Annual statistical returns and brief notes on vaccination in Bengal - 1887-1898
Year: 1887
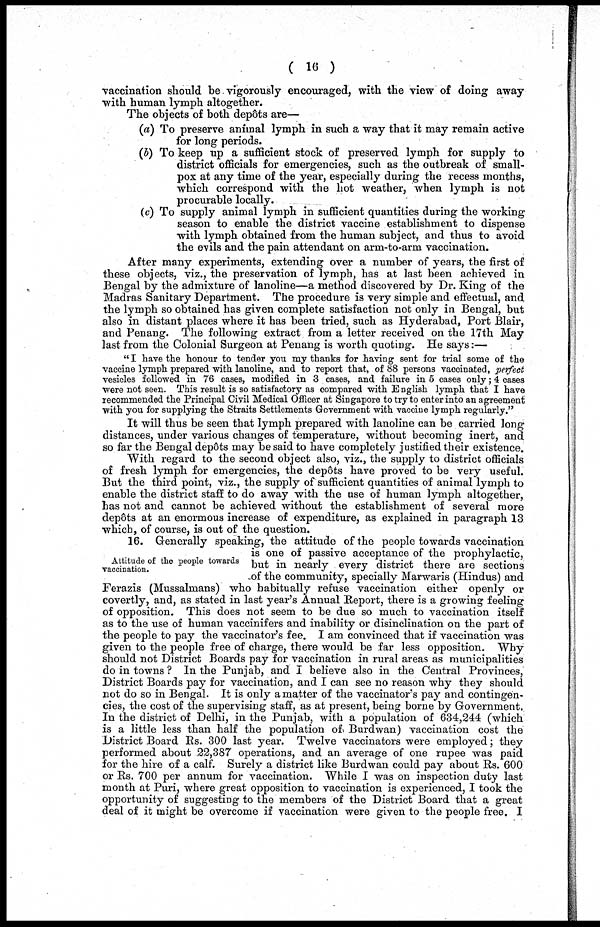
( 16)
vaccination should be vigorously encouraged, with the view of doing away
with human lymph altogether.
The objects of both depôts are—
(a) To preserve animal lymph in such a way that it may remain active
for long periods.
(b) To keep up a sufficient stock of preserved lymph for supply to
district officials for emergencies, such as the outbreak of small-
pox at any time of the year, especially during the recess months,
which correspond with the hot weather, when lymph is not
procurable locally.
(c) To supply animal lymph in sufficient quantities during the working
season to enable the district vaccine establishment to dispense
with lymph obtained from the human subject, and thus to avoid
the evils and the pain attendant on arm-to-arm vaccination.
After many experiments, extending over a number of years, the first of
these objects, viz., the preservation of lymph, has at last been achieved in
Bengal by the admixture of lanoline—a method discovered by Dr. King of the
Madras Sanitary Department. The procedure is very simple and effectual, and
the lymph so obtained has given complete satisfaction not only in Bengal, but
also in distant places where it has been tried, such as Hyderabad, Port Blair,
and Penang. The following extract from a letter received on the 17th May
last from the Colonial Surgeon at Penang is worth quoting. He says:—
" I have the honour to tender you my thanks for having sent for trial some of the
vaccine lymph prepared with lanoline, and to report that, of 88 persons vaccinated, perfect
vesicles followed in 76 cases, modified in 3 cases, and failure in 5 cases only; 4 cases
were not seen. This result is so satisfactory as compared with English lymph that I have
recommended the Principal Civil Medical Officer at Singapore to try to enter into an agreement
with you for supplying the Straits Settlements Government with vaccine lymph regularly."
It will thus be seen that lymph prepared with lanoline can be carried long
distances, under various changes of temperature, without becoming inert, and
so far the Bengal depôts may be said to have completely justified their existence.
With regard to the second object also, viz., the supply to district officials
of fresh lymph for emergencies, the depôts have proved to be very useful.
But the third point, viz., the supply of sufficient quantities of animal lymph to
enable the district staff to do away with the use of human lymph altogether,
has not and cannot be achieved without the establishment of several more
depôts at an enormous increase of expenditure, as explained in paragraph 13
which, of course, is out of the question.
Attitude of the people towards
vaccination.
16. Generally speaking, the attitude of the people towards vaccination
is one of passive acceptance of the prophylactic,
but in nearly every district there are sections
of the community, specially Marwaris (Hindus) and
Ferazis (Mussalmans) who habitually refuse vaccination either openly or
covertly, and, as stated in last year's Annual Report, there is a growing feeling
of opposition. This does not seem to be due so much to vaccination itself
as to the use of human vaccinifers and inability or disinclination on the part of
the people to pay the vaccinator's fee. I am convinced that if vaccination was
given to the people free of charge, there would be far less opposition. Why
should not District Boards pay for vaccination in rural areas as municipalities
do in towns ? In the Punjab, and I believe also in the Central Provinces,
District Boards pay for vaccination, and I can see no reason why they should
not do so in Bengal. It is only a matter of the vaccinators pay and contingen-
cies, the cost of the supervising staff, as at present, being borne by Government.
In the district of Delhi, in the Punjab, with a population of 634,244 (which
is a little less than half the population of Burdwan) vaccination cost the
District Board Rs. 300 last year. Twelve vaccinators were employed; they
performed about 22,387 operations, and an average of one rupee was paid
for the hire of a calf. Surely a district like Burdwan could pay about Rs. 600
or Rs. 700 per annum for vaccination. While I was on inspection duty last
month at Puri, where great opposition to vaccination is experienced, I took the
opportunity of suggesting to the members of the District Board that a great
deal of it might be overcome if vaccination were given to the people free. I